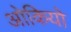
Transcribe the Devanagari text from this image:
ओकियो